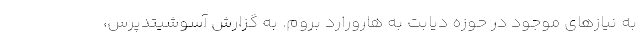
به نیازهای موجود در حوزه دیابت به هارورارد بروم. به گزارش آسوشیتدپرس،